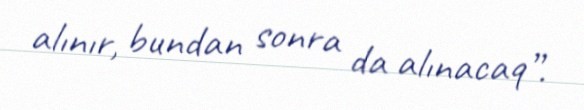
alınır, bundan sonra da alınacaq”.